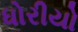
ધોરીયો